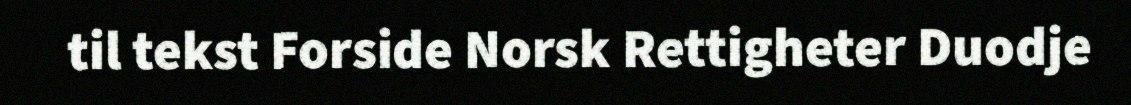
til tekst Forside Norsk Rettigheter Duodje